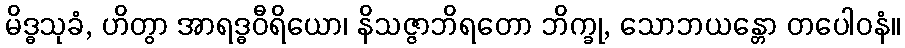
မိဒ္ဓသုခံ, ဟိတွာ အာရဒ္ဓဝီရိယော၊ နိသဇ္ဇာဘိရတော ဘိက္ခု, သောဘယန္တော တပေါဝနံ။